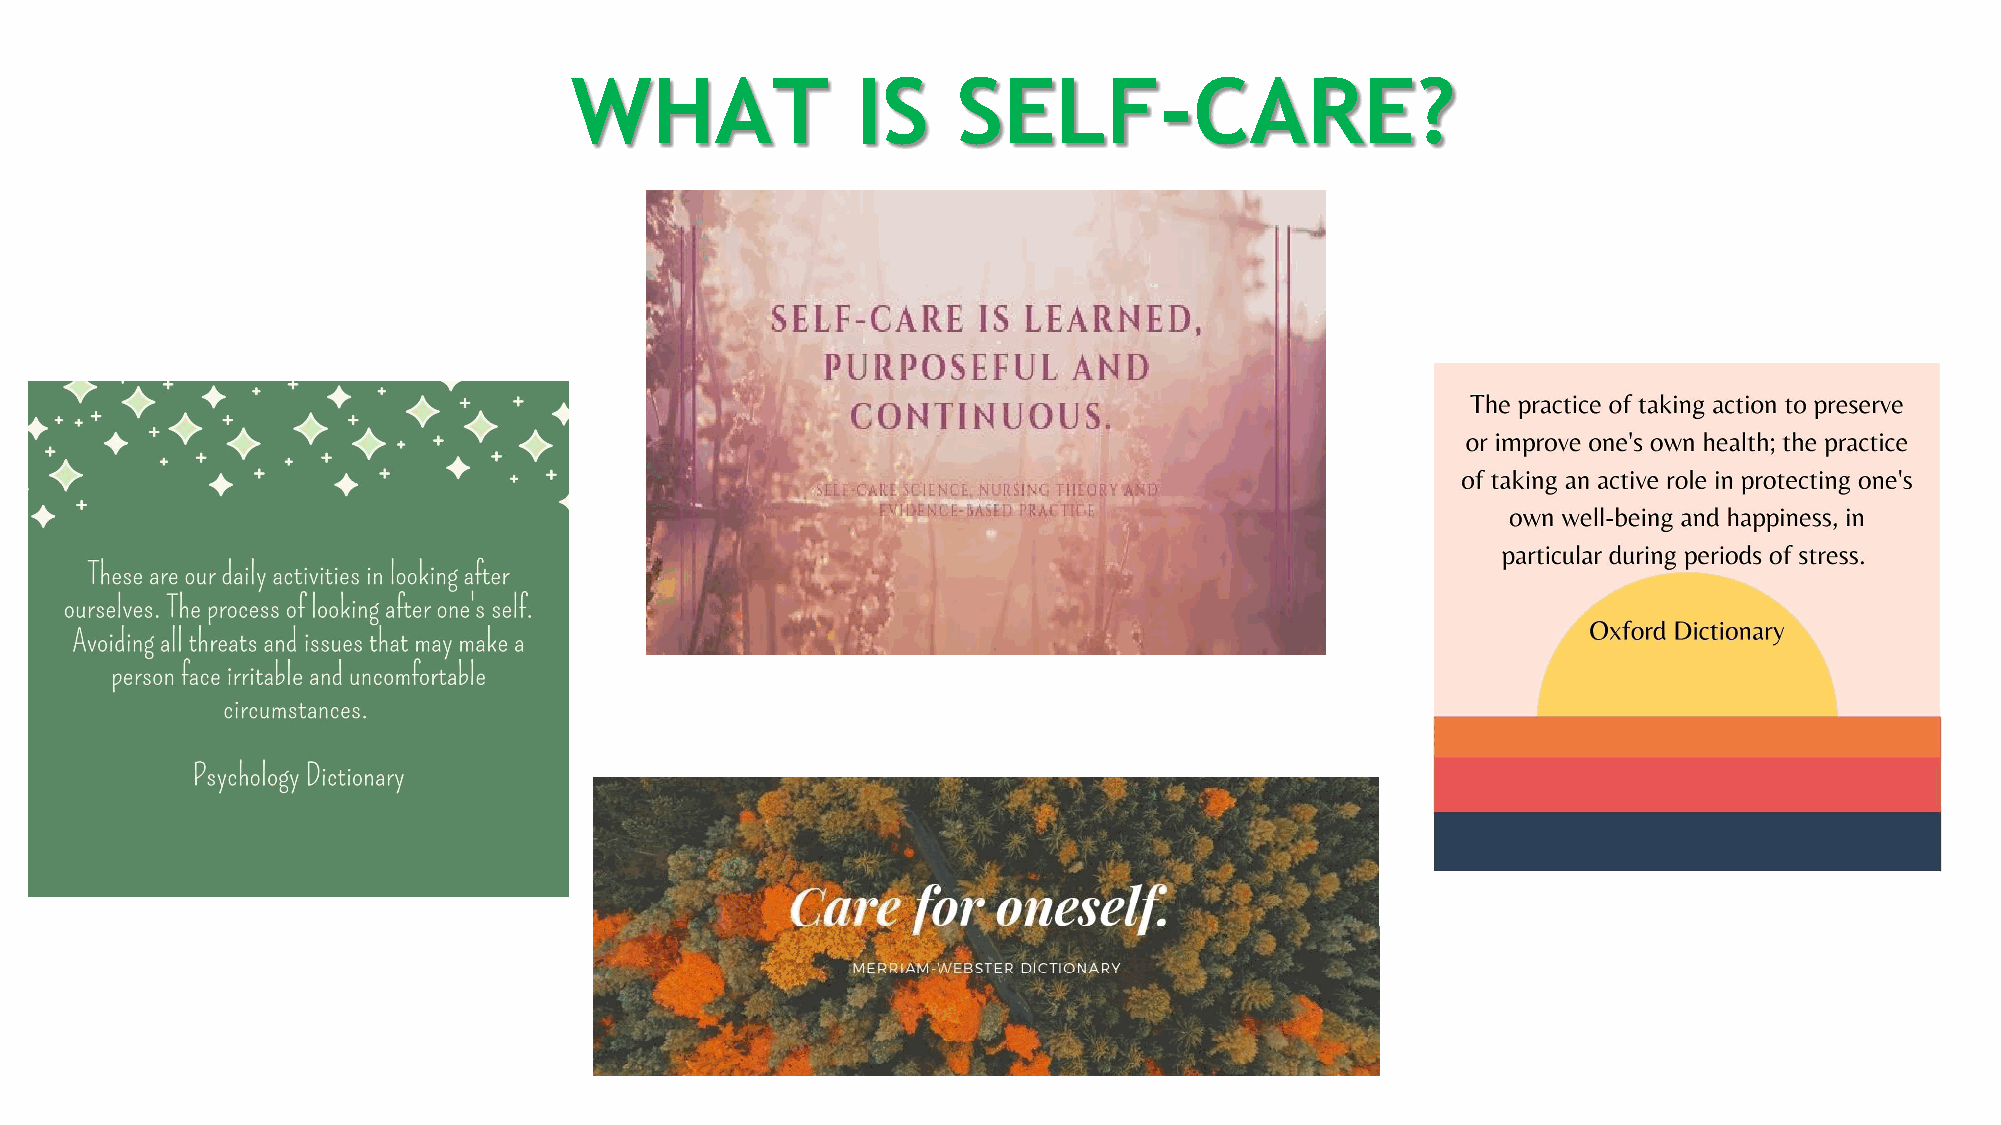
WHAT               IS    SELF-CARE?